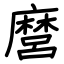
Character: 麿